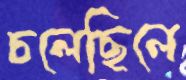
চলেছিলে